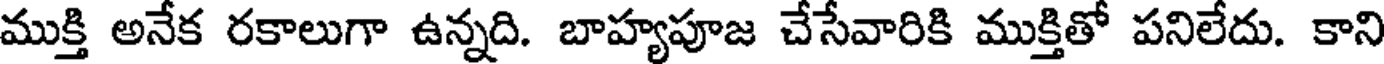
ముక్తి అనేక రకాలుగా ఉన్నది. బాహ్యపూజ చేసేవారికి ముక్తితో పనిలేదు. కాని